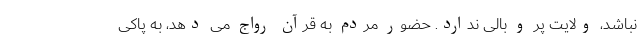
نباشد، ولایت پر و بالی ندارد. حضور مردم به قرآن رواج می دهد، به پاکی